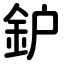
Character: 鈩